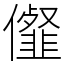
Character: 㒠